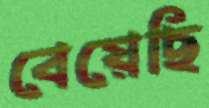
বেয়েছি